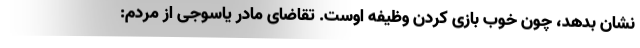
نشان بدهد، چون خوب بازی کردن وظیفه اوست. تقاضای مادر یاسوجی از مردم: